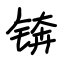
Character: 锛